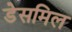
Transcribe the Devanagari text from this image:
डेसमिल